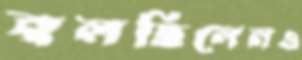
বলছিলেনও